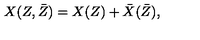
X ( Z , \bar { Z } ) = X ( Z ) + \bar { X } ( \bar { Z } ) ,